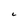
Character: C